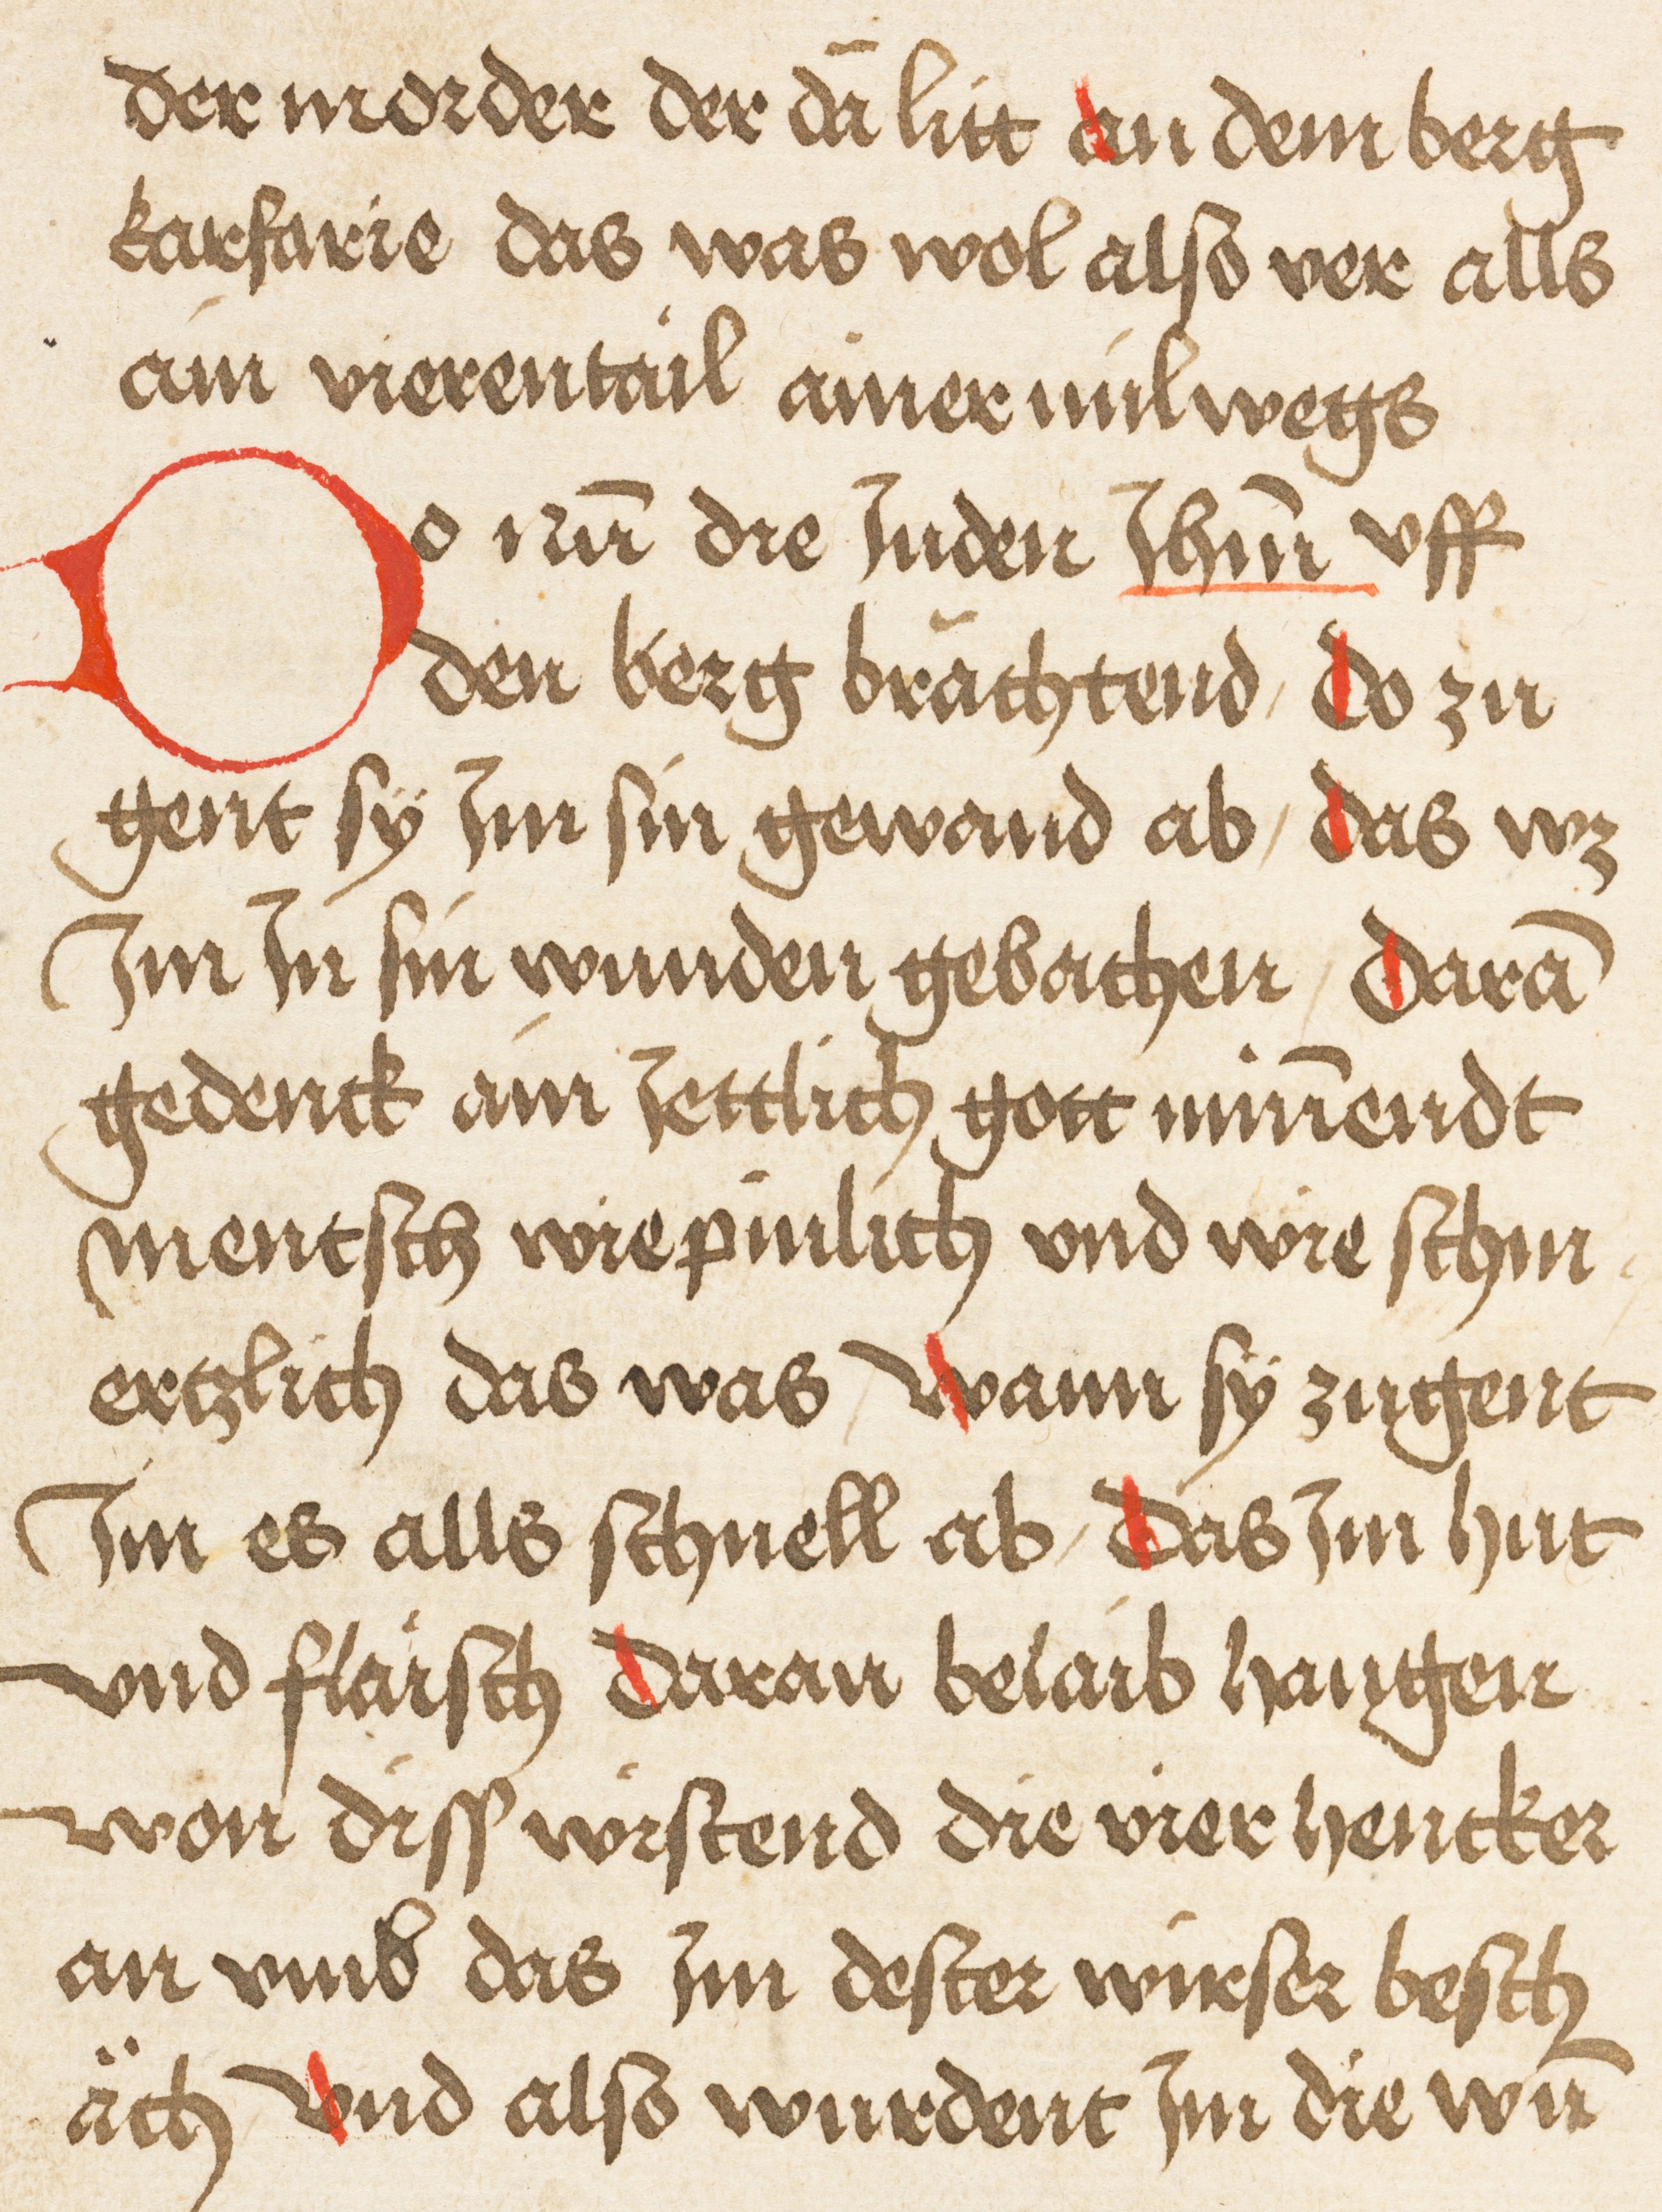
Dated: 1495–1495